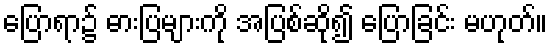
ပြောရာ၌ ဓားပြများကို အပြစ်ဆို၍ ပြောခြင်း မဟုတ်။